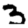
Digit: 3